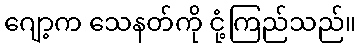
ဂျော့က သေနတ်ကို ငုံ့ကြည်သည်။